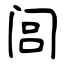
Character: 闾